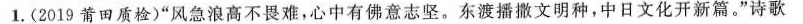
1.(2019莆田质检)”风急浪高不畏难，心中有佛意志坚。东渡播撒文明种，中日文化开新篇。”诗歌